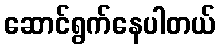
ဆောင်ရွက်နေပါတယ်